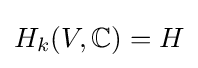
H_{k}(V,\mathbb {C} )=H